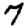
Digit: 7